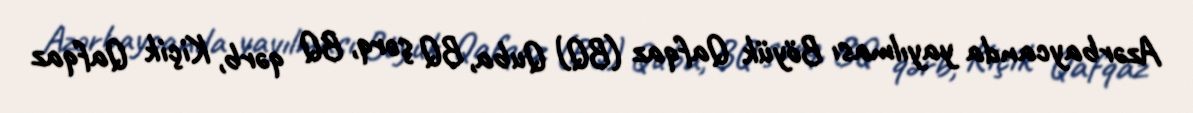
Azərbaycanda yayılması Böyük Qafqaz (BQ) Quba, BQ şərq, BQ qərb, Kiçik Qafqaz